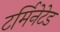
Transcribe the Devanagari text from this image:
टर्मिनेटेड